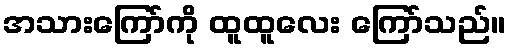
အသားကြော်ကို ထူထူလေး ကြော်သည်။